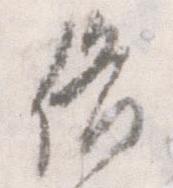
備